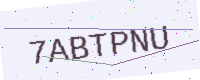
Text: 7ABTPNU